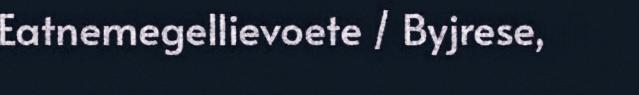
Eatnemegellievoete / Byjrese,